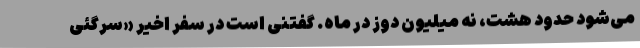
می‌شود حدود هشت، نه میلیون دوز در ماه. گفتنی است در سفر اخیر «سرگئی